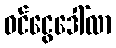
ဝင်ငွေဒေါ်လာ